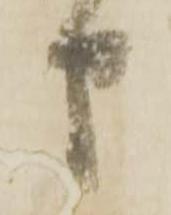
申